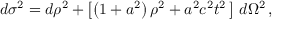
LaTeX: d \sigma ^ { 2 } = d \rho ^ { 2 } + \left[ \left( 1 + a ^ { 2 } \right) \rho ^ { 2 } + a ^ { 2 } c ^ { 2 } t ^ { 2 } \, \right] \, d \Omega ^ { 2 } \, ,